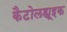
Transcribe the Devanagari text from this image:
कैटोलह्यूइक